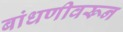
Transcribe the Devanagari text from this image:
बांधणीवरून